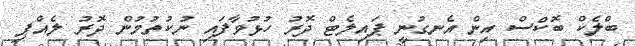
ބްލެކް ބޮކްސް އިން އެނގުނީ ޕައިލެޓް ދޮރު ހުޅުވާފައި ނުކުތުމުން ދޮރު ލެއްޕި